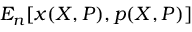
E _ { n } [ x ( X , P ) , p ( X , P ) ]